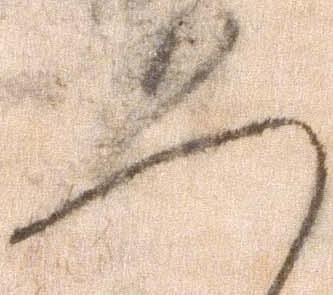
恐